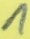
Text: 1